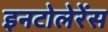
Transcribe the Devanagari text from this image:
इनटोलेरेंस